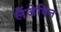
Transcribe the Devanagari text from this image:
लैंजेविन